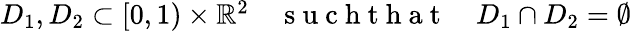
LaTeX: \begin{array}{r}{D_{1},D_{2}\subset[0,1)\times\mathbb{R}^{2}\quad\mathrm{~s~u~c~h~t~h~a~t~}\quad D_{1}\cap D_{2}=\emptyset}\end{array}